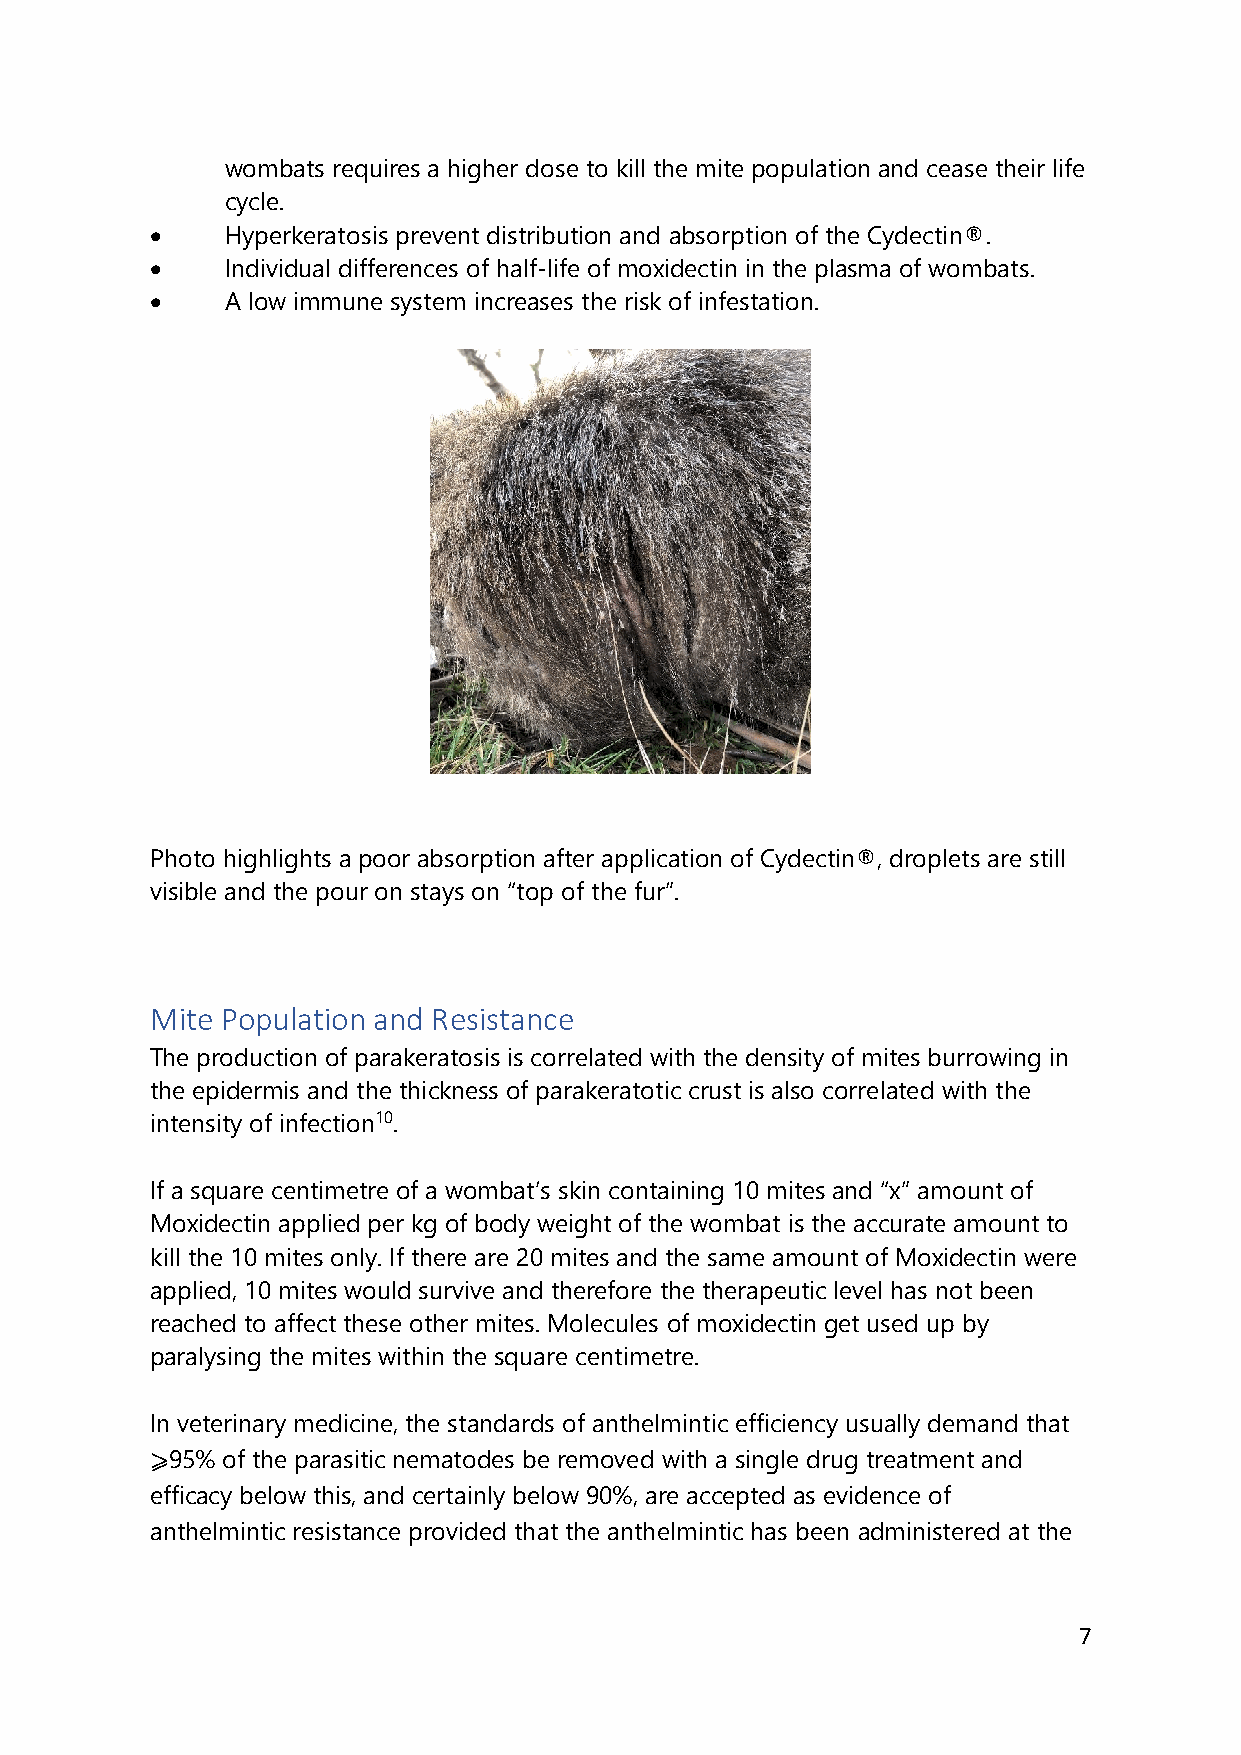
wombats requires a higher dose to kill the mite population and cease their life
 cycle.
 •    Hyperkeratosis prevent distribution and absorption of the Cydectin®.
 •    Individual differences of half-life of moxidectin in the plasma of wombats.
 •    A low immune system increases the risk of infestation.
 Photo highlights a poor absorption after application of Cydectin®, droplets are still
 visible and the pour on stays on “top of the fur”.
 Mite Population and Resistance
 The production of parakeratosis is correlated with the density of mites burrowing in
 the epidermis and the thickness of parakeratotic crust is also correlated with the
 intensity of infection10.
 If a square centimetre of a wombat’s skin containing 10 mites and “x” amount of
 Moxidectin applied per kg of body weight of the wombat is the accurate amount to
 kill the 10 mites only. If there are 20 mites and the same amount of Moxidectin were
 applied, 10 mites would survive and therefore the therapeutic level has not been
 reached to affect these other mites. Molecules of moxidectin get used up by
 paralysing the mites within the square centimetre.
 In veterinary medicine, the standards of anthelmintic efficiency usually demand that
 ⩾95% of the parasitic nematodes be removed with a single drug treatment and
 efficacy below this, and certainly below 90%, are accepted as evidence of
 anthelmintic resistance provided that the anthelmintic has been administered at the
 7